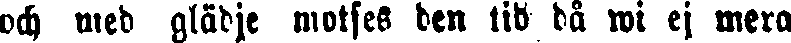
och med glädje motses den tid då wi ej mera